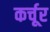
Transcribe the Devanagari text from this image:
कर्चूर